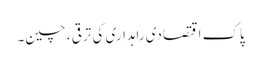
پاک اقتصادی راہداری کی ترقی ، چین۔